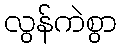
လွန်ကဲစွာ